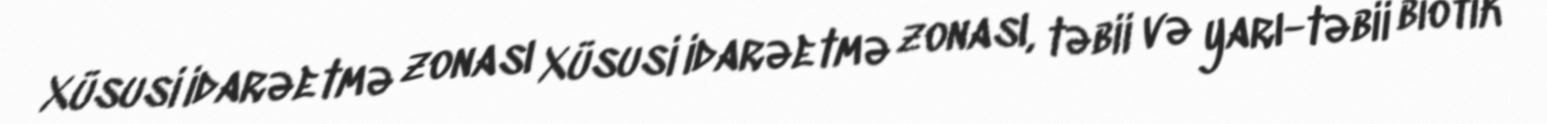
Xüsusi idarəetmə zonası Xüsusi idarəetmə zonası, təbii və yarı-təbii biotik